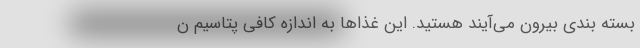
بسته بندی بیرون می‌آیند هستید. این غذا‌ها به اندازه کافی پتاسیم ن